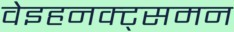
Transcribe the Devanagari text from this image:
वेइहनक्ट्समन